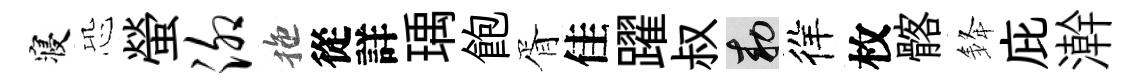
寝恐螢泖拖從詳瑀飽胥佳躍叔敕徉枚髂𨦟庇澣